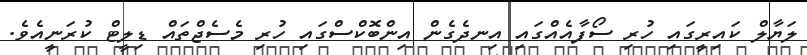
ލަޔާލް ކައިރީގައި ހުރި ސޯފާއެއްގައި އިނދެގެން އިންބޮކްސްގައި ހުރި މެސެޖްތައް ޑިލީޓް ކުރަނީއެވެ.